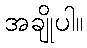
အချိုပါ။